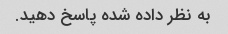
به نظر داده شده پاسخ دهید.